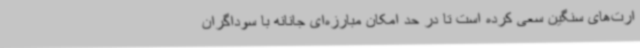
ارت‌های سنگین سعی کرده است تا در حد امکان مبارزه‌ای جانانه با سوداگران